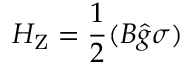
H _ { \mathrm { { Z } } } = { \frac { 1 } { 2 } } ( { \boldsymbol { B } } { \hat { g } } { \boldsymbol { \sigma } } )